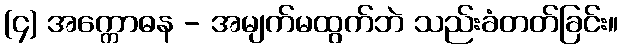
(၄) အက္ကောဓန - အမျက်မထွက်ဘဲ သည်းခံတတ်ခြင်း။